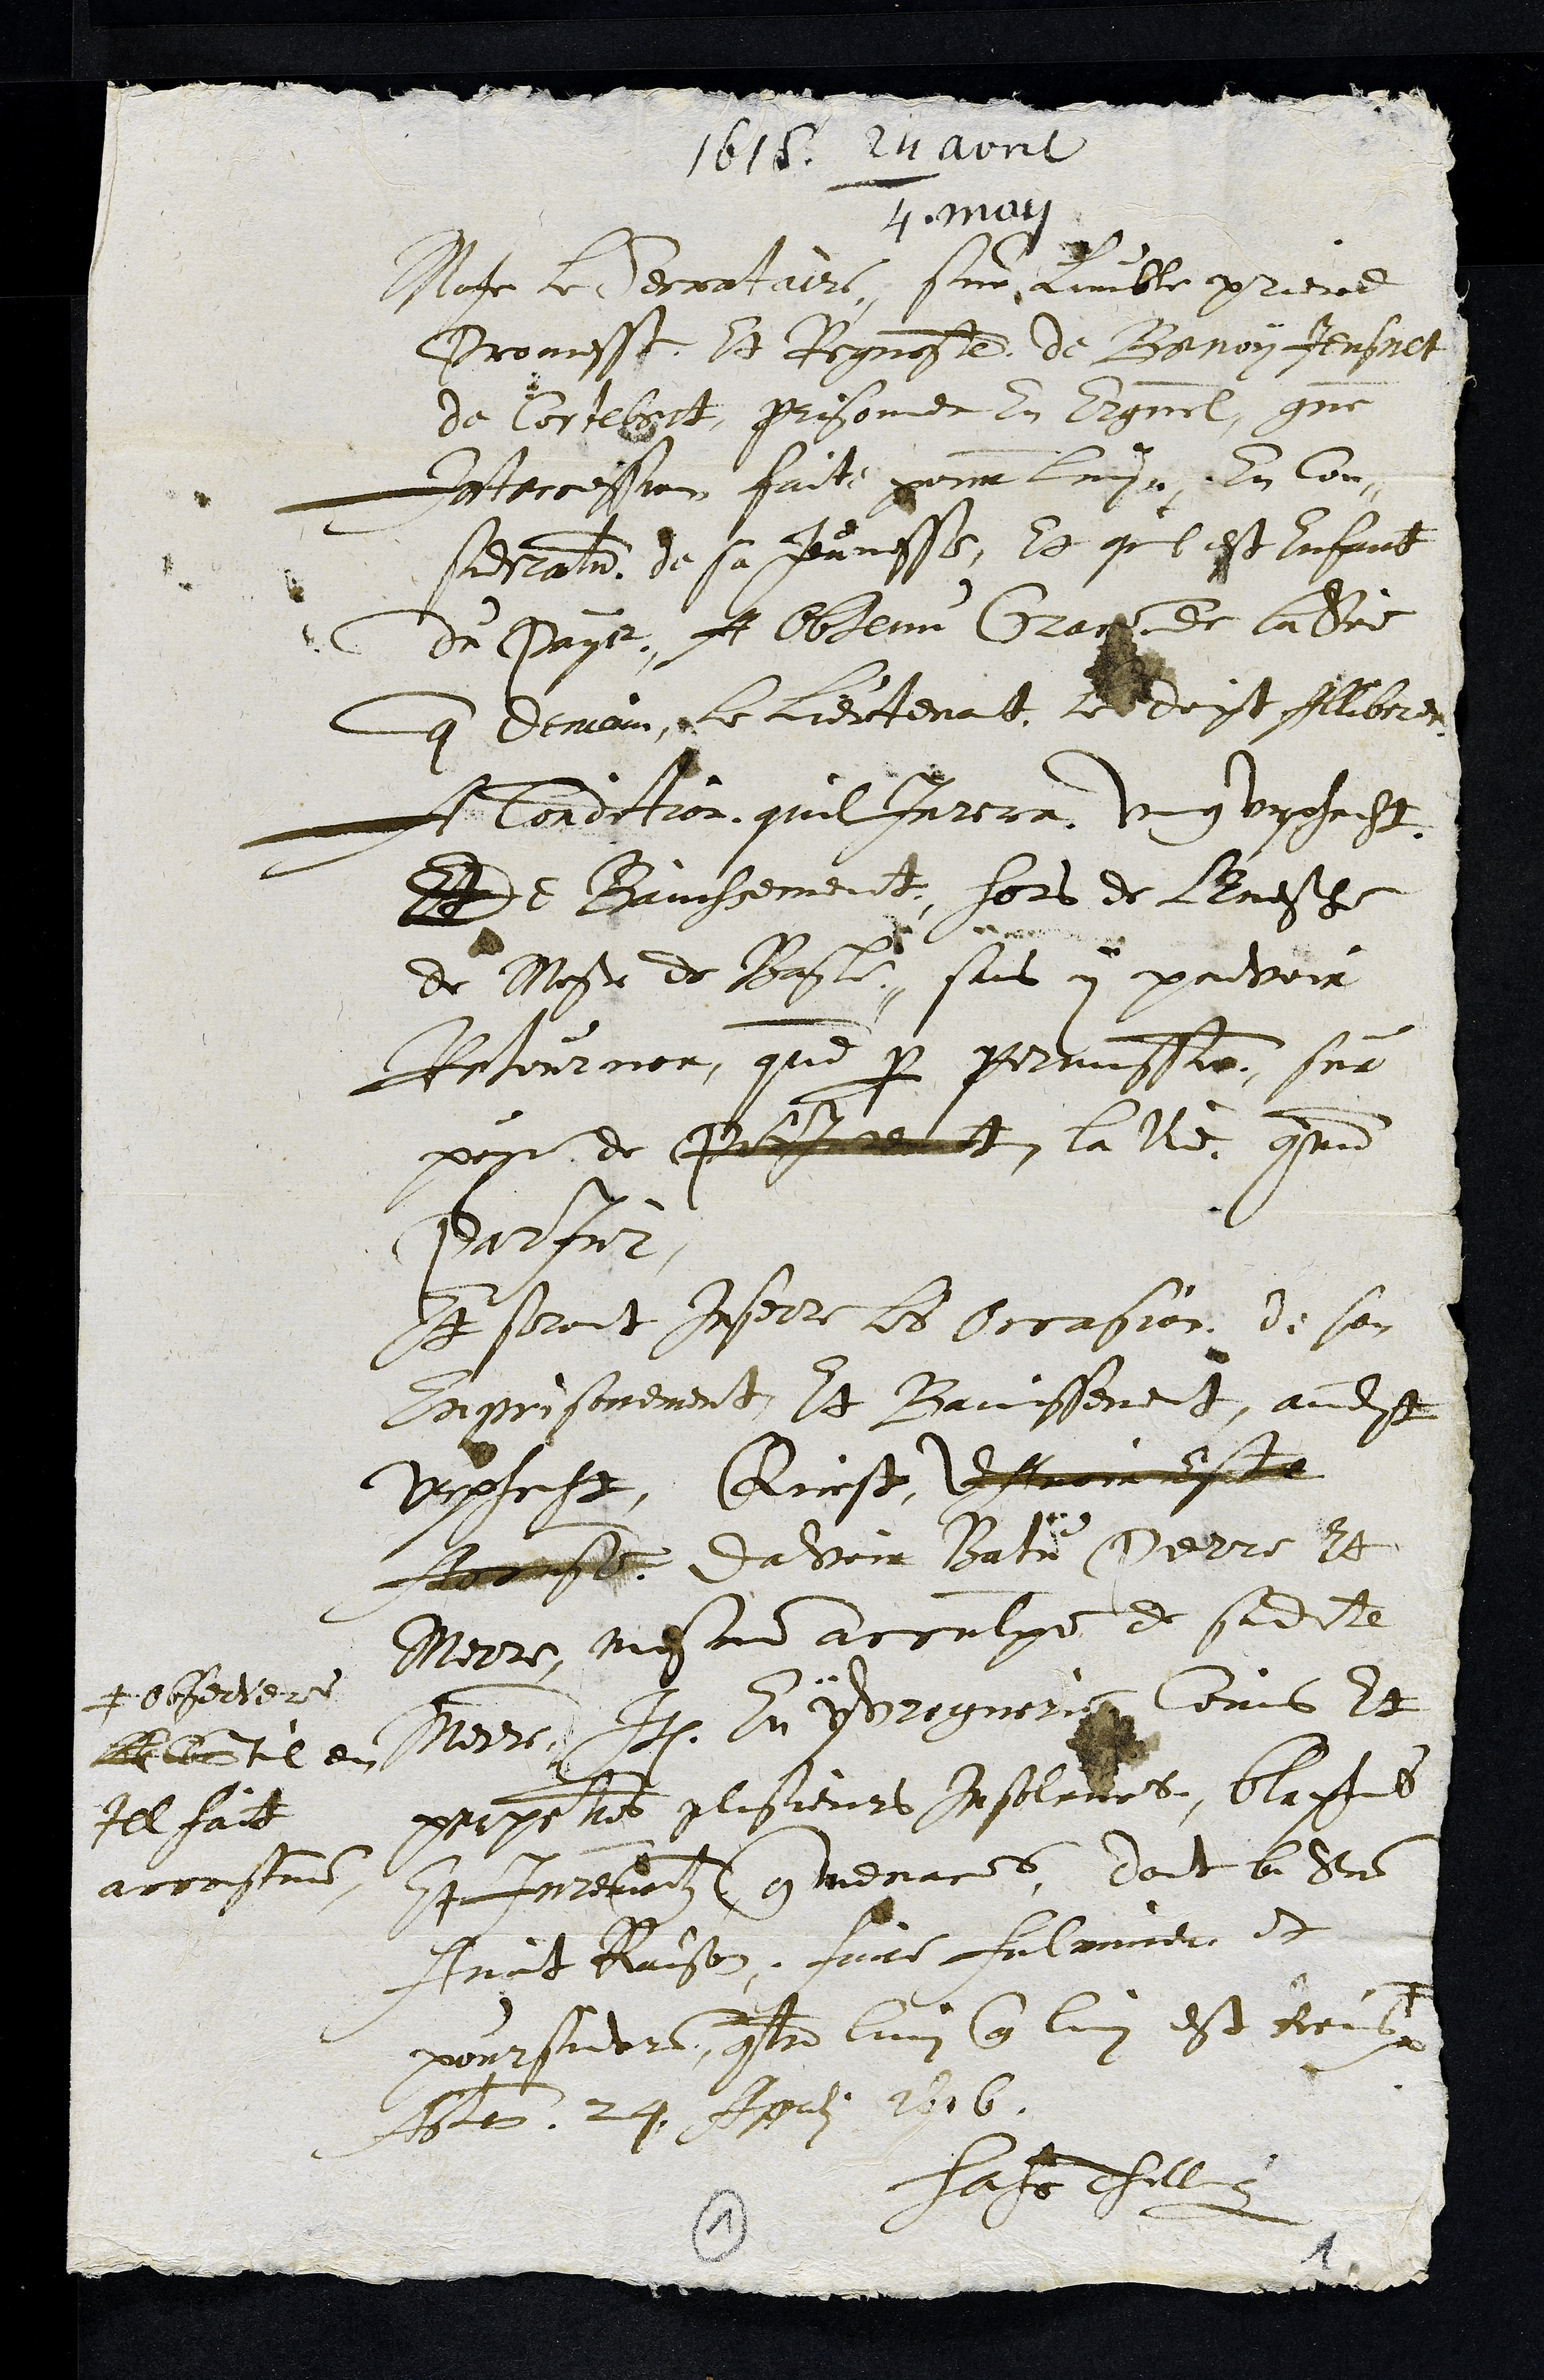
1615. 24 avril /
4 may
Monsr le secretaire, sur lhumble priere
Promesse et Requeste de Benoy Jeusnet
de Cortebert, prisonier en Erguel, comme
Intercession faite pour luy En Con¬
sideration de sa Jeunesse, Et quil est Enfant
du Pays, A Obtenu Grace de la Seigneurie
que demain le lieutenat le doipt Alliberer
A Condition quil Jurera ung urphecht
De Banissement hors de LEvesche
de Monsr de Basle, sans y pouvoir
Retourner, que par permission, sur
peyne de Parjurement la Vie comme
Parjur.
Et seront Inserer les Occasion de son
Enprisonement, Et Banissement, audit
urphecht, Recrist dAvoir Este
Accuse davoir Batu Perre Et
Merre, mesme acculpe de sadite
Merre, Item En yvrognerie Comis Et
perpetres plusieurs Insolences, blasphemes
Et Jurements que menaces, dont la Seigneurie
Avoit Raison faire fulminer et
poursuivre, contre luy que luy est Remis #
# observeres
Le stil en
tel faict
accoustumes
Actum 24 Aprilis 1616
Hans heinrichs Thellung
1
1